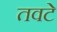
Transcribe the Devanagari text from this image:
तवटे